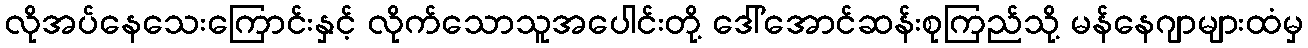
လိုအပ်နေသေးကြောင်းနှင့် လိုက်သောသူအပေါင်းတို့ ဒေါ်အောင်ဆန်းစုကြည်သို့ မန်နေဂျာများထံမှ